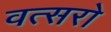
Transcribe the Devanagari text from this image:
वत्सरो